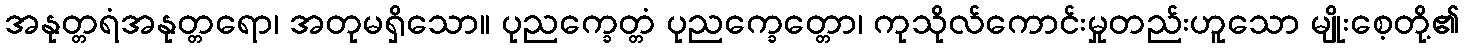
အနုတ္တရံအနုတ္တရော၊ အတုမရှိသော။ ပုညက္ခေတ္တံ ပုညက္ခေတ္တော၊ ကုသိုလ်ကောင်းမှုတည်းဟူသော မျိုးစေ့တို့၏